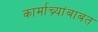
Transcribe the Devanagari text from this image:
कार्माच्र्यांबाबत